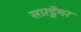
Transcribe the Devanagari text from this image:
सफ़्ट्वेयर